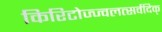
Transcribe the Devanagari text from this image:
किरिटोज्ज्वलत्सर्वदिक्‌